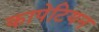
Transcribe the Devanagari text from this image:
कापेटियन